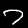
Digit: 7